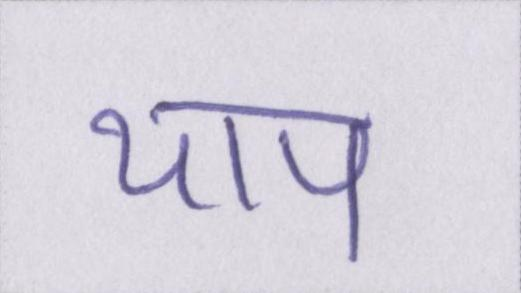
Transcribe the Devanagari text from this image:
थाप